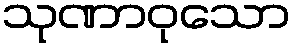
သုဏာဝုသော